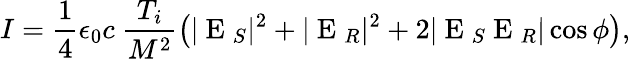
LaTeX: I=\frac{1}{4}\epsilon_{0}c\ \frac{T_{i}}{M^{2}}\left(|\mathrm{~E~}_{S}|^{2}+|\mathrm{~E~}_{R}|^{2}+2|\mathrm{~E~}_{S}\mathrm{~E~}_{R}|\cos\phi\right),